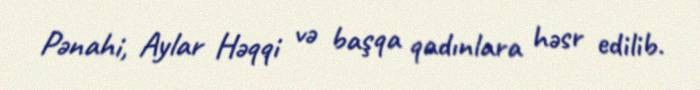
Pənahi, Aylar Həqqi və başqa qadınlara həsr edilib.